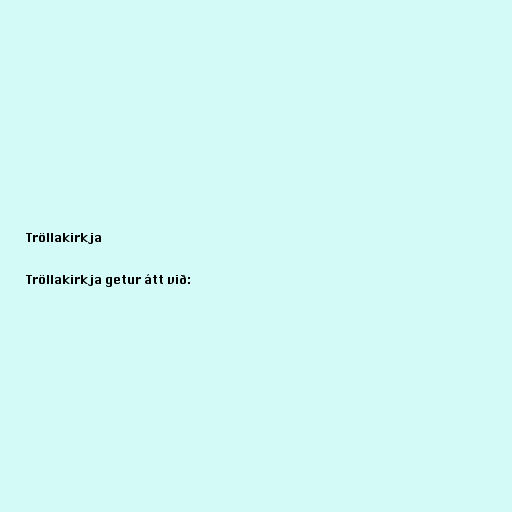
Tröllakirkja

Tröllakirkja getur átt við: